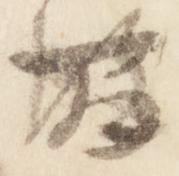
間